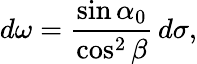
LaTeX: d\omega={\frac{\sin\alpha_{0}}{\cos^{2}\beta}}\, d\sigma,